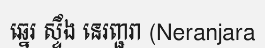
ឆ្នេរ ស្ទឹង នេរញ្ជរា (Neranjara